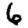
Digit: 6